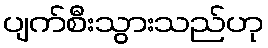
ပျက်စီးသွားသည်ဟု